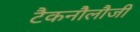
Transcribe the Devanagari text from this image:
टैकनौेलौजी